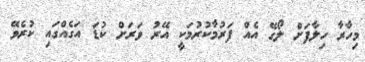
މިހާރާ ހިލާފަށް ލޯގޭ އެއް ފަރުމާކުރުމަކީ އޭރު ވަރަށް ކުޑަ އަގެއްގައި ކުރެވޭ